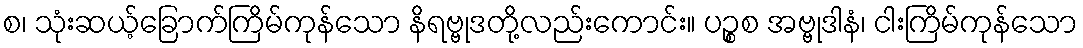
စ၊ သုံးဆယ့်ခြောက်ကြိမ်ကုန်သော နိရဗ္ဗုဒတို့လည်းကောင်း။ ပဉ္စစ အဗ္ဗုဒါနံ၊ ငါးကြိမ်ကုန်သော